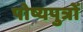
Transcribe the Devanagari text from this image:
पोष्यपुत्रों